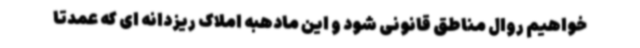
خواهیم روال مناطق قانونی شود و این مادهبه املاک ریزدانه ای که عمدتا